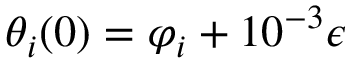
\theta _ { i } ( 0 ) = \varphi _ { i } + 1 0 ^ { - 3 } \epsilon